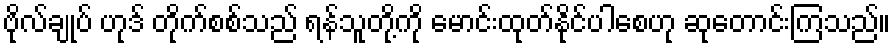
ဗိုလ်ချုပ် ဟုဒ် တိုက်စစ်သည် ရန်သူတို့ကို မောင်းထုတ်နိုင်ပါစေဟု ဆုတောင်းကြသည်။